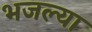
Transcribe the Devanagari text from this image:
भजल्या